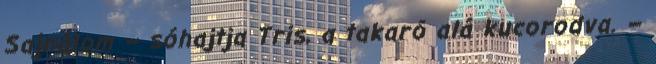
Sajnálom – sóhajtja Tris, a takaró alá kucorodva. –